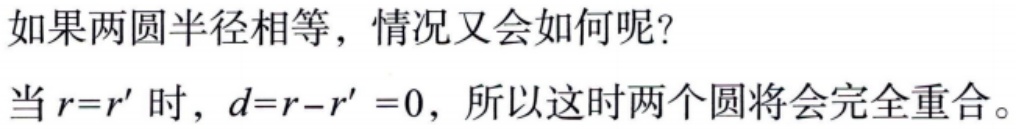
如果两圆半径相等，情况又会如何呢？
当 \(r = r'\) 时，\(d = r - r' = 0\)，所以这时两个圆将会完全重合。